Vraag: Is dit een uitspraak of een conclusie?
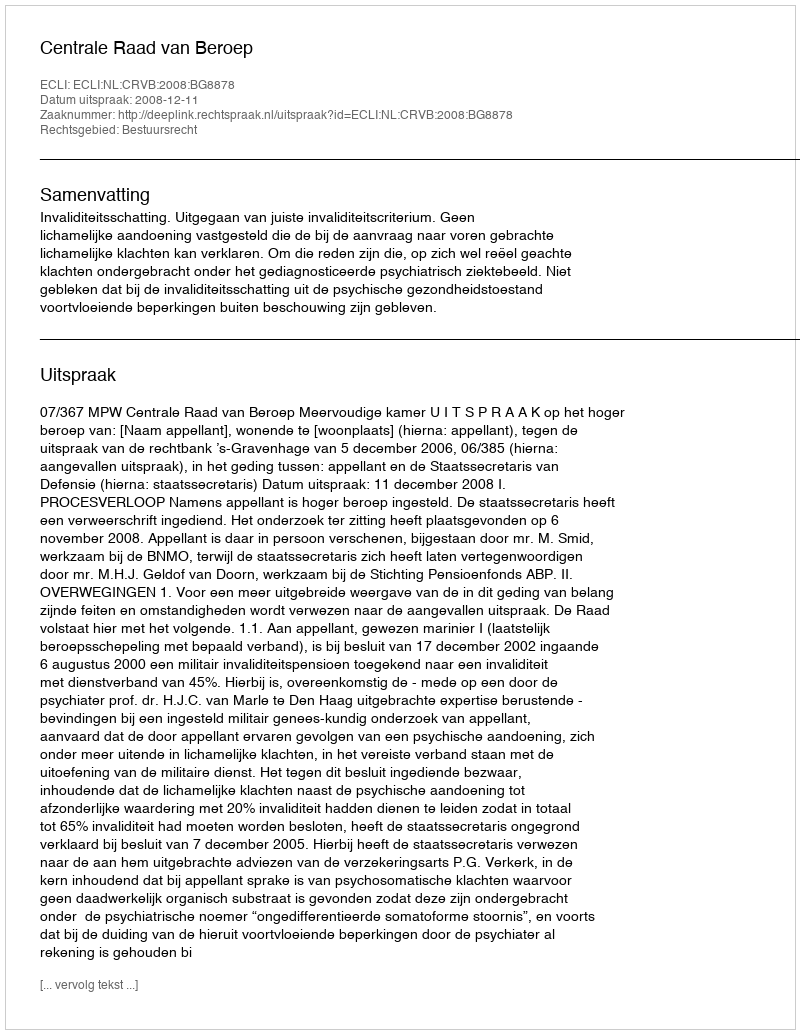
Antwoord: Uitspraak